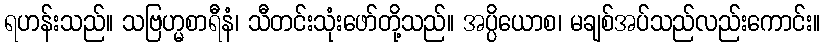
ရဟန်းသည်။ သဗြဟ္မစာရီနံ၊ သီတင်းသုံးဖော်တို့သည်။ အပ္ပိယောစ၊ မချစ်အပ်သည်လည်းကောင်း။